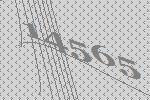
14565